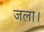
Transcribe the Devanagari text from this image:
जला।